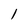
Character: l